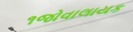
૧જોવાલાયક